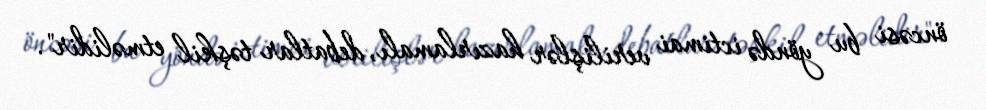
öncəsi bu yöndə ictimai verilişlər hazırlamalı, debatlar təşkil etməlidir".